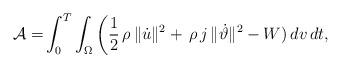
LaTeX: \begin{align*}\mathcal{A}=&\int_{0}^{T}\int_\Omega\bigg(\frac{1}{2}\,\rho\,\|\dot{u}\|^2+\,\rho\,j\,\|\dot{\vartheta}\|^2-W)\, dv\,dt,\end{align*}